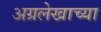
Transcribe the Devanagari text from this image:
अग्रलेखाच्या